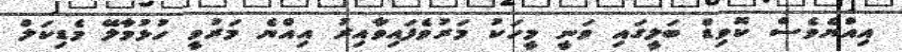
އިއްޔެވެސް ކޮވިޑް ބަލީގައި ވަނީ މީހަކު މަރުވެފައިވާައިރު އިއްޔެ މަރުވީ ހުޅުމާލޭ މެޑިކަލް